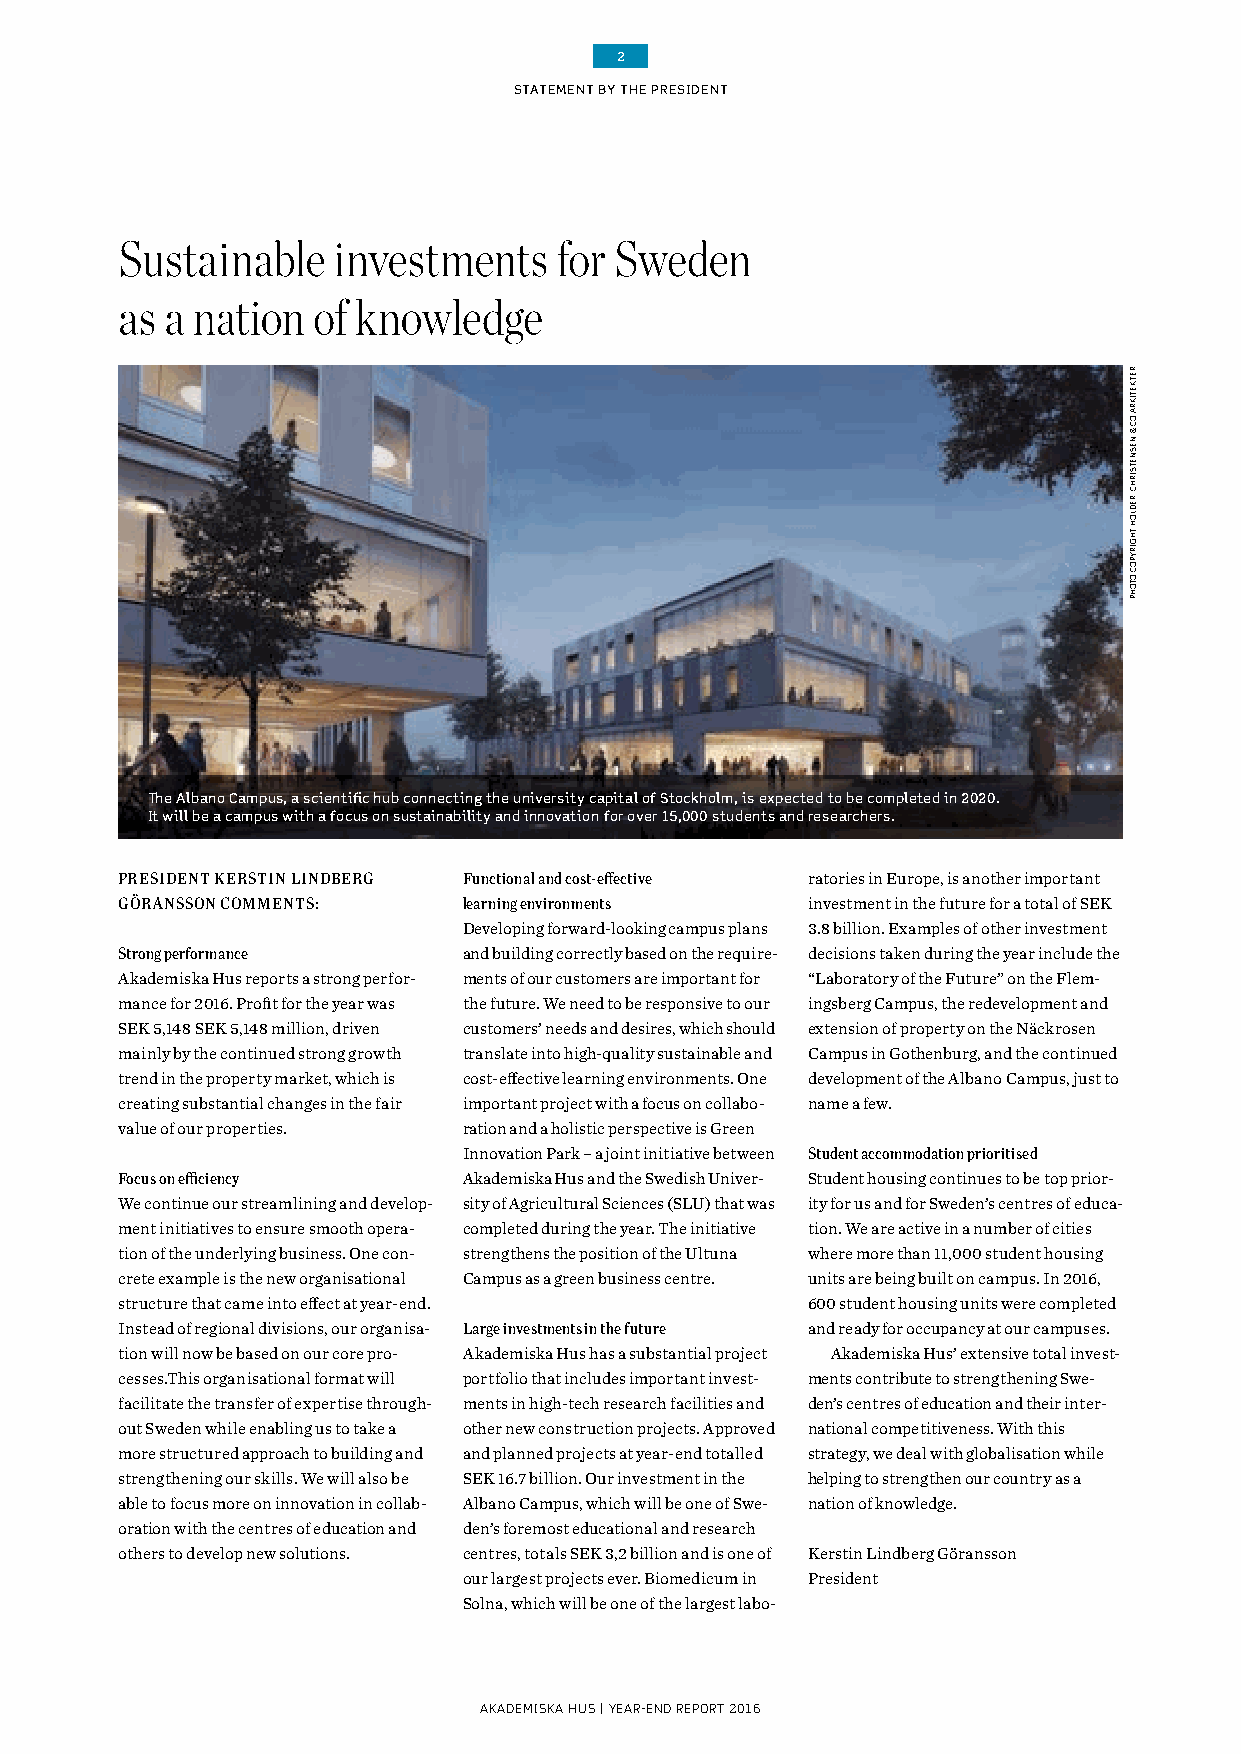
2
 STATEMENT BY THE PRESIDENT
 Sustainable   investments    for Sweden
 as a nation  of knowledge
 The Albano Campus, a scientific hub connecting the university capital of Stockholm, is expected to be completed in 2020.
 It will be a campus with a focus on sustainability and innovation for over 15,000 students and researchers.
 PRESIDENT KERSTIN LINDBERG Functional and cost-effective ratories in Europe, is another important
 GÖRANSSON COMMENTS:    learning environments investment in the future for a total of SEK
 Developing forward-looking campus plans 3.8 billion. Examples of other investment
 Strong performance     and building correctly based on the require- decisions taken during the year include the
 Akademiska Hus reports a strong perfor- ments of our customers are important for “Laboratory of the Future” on the Flem-
 mance for 2016. Profit for the year was the future. We need to be responsive to our ingsberg Campus, the redevelopment and
 SEK 5,148 SEK 5,148 million, driven customers’ needs and desires, which should extension of property on the Näckrosen
 mainly by the continued strong growth translate into high-quality sustainable and Campus in Gothenburg, and the continued
 trend in the property market, which is cost-effective learning environments. One development of the Albano Campus, just to
 creating substantial changes in the fair important project with a focus on collabo- name a few.
 value of our properties. ration and a holistic perspective is Green
 Innovation Park – a joint initiative between Student accommodation prioritised
 Focus on efficiency    Akademiska Hus and the Swedish Univer- Student housing continues to be top prior-
 We continue our streamlining and develop- sity of Agricultural Sciences (SLU) that was ity for us and for Sweden’s centres of educa-
 ment initiatives to ensure smooth opera- completed during the year. The initiative tion. We are active in a number of cities
 tion of the underlying business. One con- strengthens the position of the Ultuna where more than 11,000 student housing
 crete example is the new organisational Campus as a green business centre. units are being built on campus. In 2016,
 structure that came into effect at year-end. 600 student housing units were completed
 Instead of regional divisions, our organisa- Large investments in the future and ready for occupancy at our campuses.
 tion will now be based on our core pro- Akademiska Hus has a substantial project Akademiska Hus’ extensive total invest-
 cesses.This organisational format will portfolio that includes important invest- ments contribute to strengthening Swe-
 facilitate the transfer of expertise through- ments in high-tech research facilities and den’s centres of education and their inter-
 out Sweden while enabling us to take a other new construction projects. Approved national competitiveness. With this
 more structured approach to building and and planned projects at year-end totalled strategy, we deal with globalisation while
 strengthening our skills. We will also be SEK 16.7 billion. Our investment in the helping to strengthen our country as a
 able to focus more on innovation in collab- Albano Campus, which will be one of Swe- nation of knowledge.
 oration with the centres of education and den’s foremost educational and research
 others to develop new solutions. centres, totals SEK 3,2 billion and is one of Kerstin Lindberg Göransson
 our largest projects ever. Biomedicum in President
 Solna, which will be one of the largest labo-
 AKADEMISKA HUS | YEAR-END REPORT 2016
 RETKETIKRA
 OC
 &
 NESNETSIRHC
 :REDLOH
 THGIRYPOC
 OTOHP